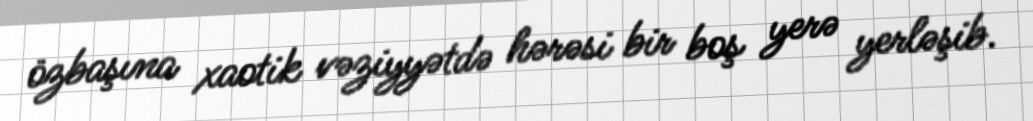
özbaşına xaotik vəziyyətdə hərəsi bir boş yerə yerləşib.